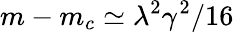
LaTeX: m-m_{c}\simeq\lambda^{2}\gamma^{2}/16